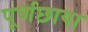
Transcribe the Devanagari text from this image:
पूर्णछाया